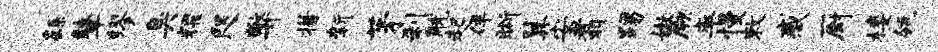
繇鼙缪臭耀咫弊措新茅刹觥起伴晰翼安翥踢嫩厥率慢敕感厨楼瓴